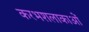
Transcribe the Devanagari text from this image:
करभशलाकाओं